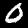
Label: 0